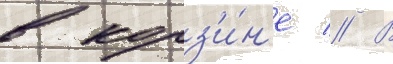
в корз'и́н'е // В